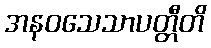
အနဝသေသာပတ္တီတိ